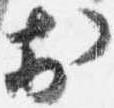
於